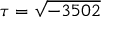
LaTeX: \tau = { \sqrt { - 3 5 0 2 } }